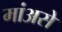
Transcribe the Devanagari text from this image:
मांअसे